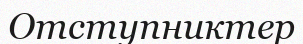
Отступниктер